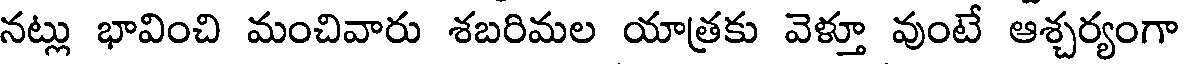
నట్లు భావించి మంచివారు శబరిమల యాత్రకు వెళ్తూ వుంటే ఆశ్చర్యంగా